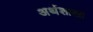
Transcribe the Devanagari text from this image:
अर्थशाखा